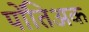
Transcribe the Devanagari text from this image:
पोंतिअक